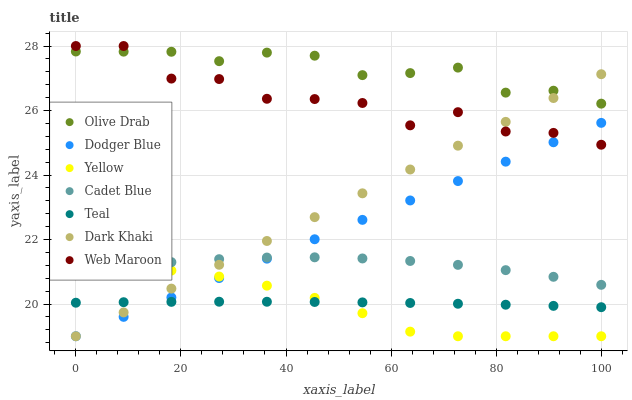
| xaxis_label | Olive Drab | Dodger Blue | Yellow | Cadet Blue | Teal | Dark Khaki | Web Maroon |
 | --- | --- | --- | --- | --- | --- | --- | --- |
 | 0 | 27.8 | 19 | 21.1 | 21 | 20 | 19 | 28 |
 | 9.09 | 27.8 | 19.6 | 21.1 | 21.2 | 20.1 | 19.7 | 28 |
 | 18.2 | 27.8 | 20.2 | 21 | 21.3 | 20.1 | 20.5 | 27 |
 | 27.3 | 27.5 | 20.8 | 20.9 | 21.4 | 20.1 | 21.2 | 27 |
 | 36.4 | 27.8 | 21.4 | 20.6 | 21.4 | 20.1 | 22 | 26.4 |
 | 45.5 | 27.7 | 22 | 20.2 | 21.4 | 20.1 | 22.7 | 26.4 |
 | 54.5 | 27.1 | 22.6 | 19.7 | 21.4 | 20.1 | 23.4 | 26.2 |
 | 63.6 | 27.2 | 23.2 | 19.1 | 21.3 | 20 | 24.2 | 25.5 |
 | 72.7 | 27.3 | 23.8 | 19 | 21.2 | 20 | 24.9 | 25.9 |
 | 81.8 | 26.6 | 24.4 | 19 | 21 | 20 | 25.6 | 25.3 |
 | 90.9 | 26.6 | 25 | 19 | 20.8 | 19.9 | 26.4 | 25.3 |
 | 100 | 26.2 | 25.6 | 19 | 20.6 | 19.9 | 27.1 | 24.9 |